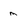
Character: m